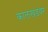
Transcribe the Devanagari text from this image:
कालखंडंवर